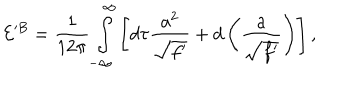
LaTeX: { \cal E } ^ { B } = \frac 1 { 1 2 \pi } \int _ { - \infty } ^ { \infty } \left[ d \tau \frac { a ^ { 2 } } { \sqrt { f ^ { \prime } } } + d \left( \frac a { \sqrt { f ^ { \prime } } } \right) \right] ,